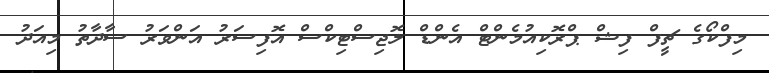
މިފްކޯގެ ޗީފް ފިޝް ޕްރޮކިއުމެންޓް އެންޑް ލޮޖިސްޓިކްސް އޮފިސަރު އަންވަރު ސާދާތު މިއަދު